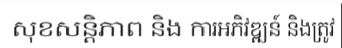
សុខសន្តិភាព និង ការអភិវឌ្ឍន៍ និងត្រូវ